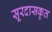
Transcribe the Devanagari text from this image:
सूरदासकृत